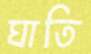
ঘাতি